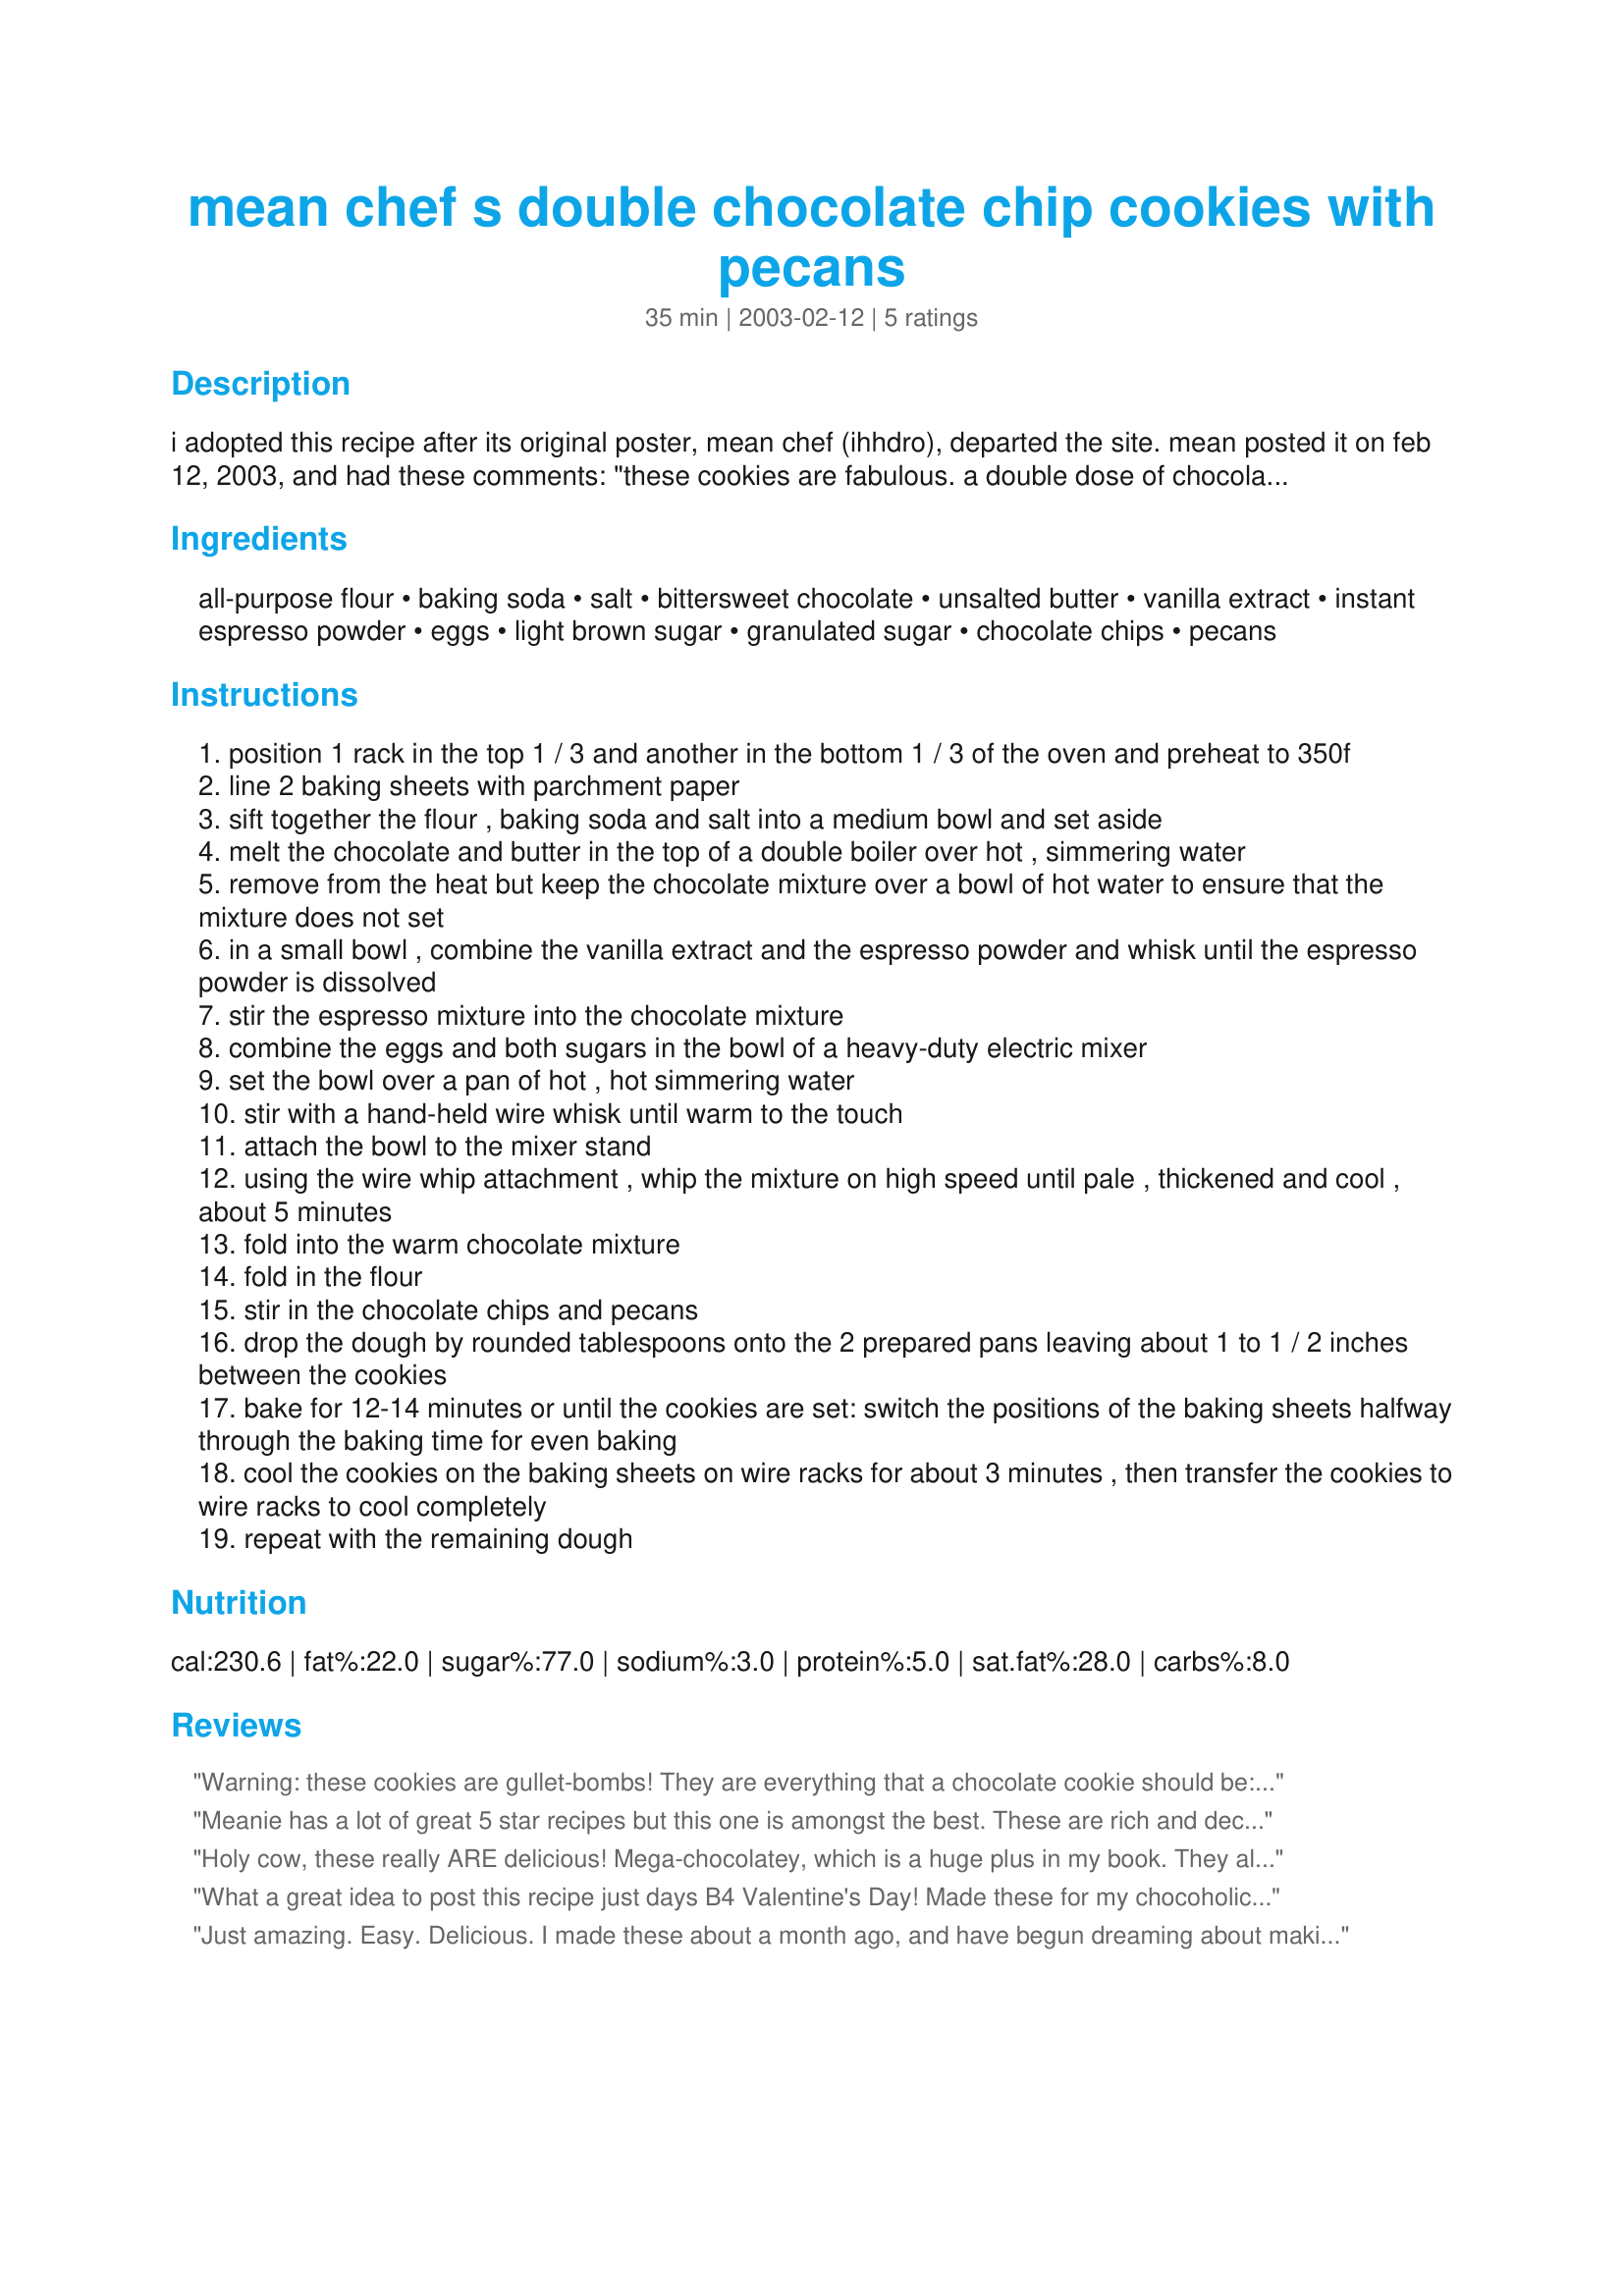
mean chef s double chocolate chip cookies with pecans
Preparation time: 35 minutes

i adopted this recipe after its original poster, mean chef (ihhdro), departed the site. mean posted it on feb 12, 2003, and had these comments: "these cookies are fabulous. a double dose of chocolate. make sure you don't overbake them. you could substitute walnuts for the pecans."

Ingredients:
all-purpose flour, baking soda, salt, bittersweet chocolate, unsalted butter, vanilla extract, instant espresso powder, eggs, light brown sugar, granulated sugar, chocolate chips, pecans

Steps:
position 1 rack in the top 1 / 3 and another in the bottom 1 / 3 of the oven and preheat to 350f
line 2 baking sheets with parchment paper
sift together the flour , baking soda and salt into a medium bowl and set aside
melt the chocolate and butter in the top of a double boiler over hot , simmering water
remove from the heat but keep the chocolate mixture over a bowl of hot water to ensure that the mixture does not set
in a small bowl , combine the vanilla extract and the espresso powder and whisk until the espresso powder is dissolved
stir the espresso mixture into the chocolate mixture
combine the eggs and both sugars in the bowl of a heavy-duty electric mixer
set the bowl over a pan of hot , hot simmering water
stir with a hand-held wire whisk until warm to the touch
attach the bowl to the mixer stand
using the wire whip attachment , whip the mixture on high speed until pale , thickened and cool , about 5 minutes
fold into the warm chocolate mixture
fold in the flour
stir in the chocolate chips and pecans
drop the dough by rounded tablespoons onto the 2 prepared pans leaving about 1 to 1 / 2 inches between the cookies
bake for 12-14 minutes or until the cookies are set: switch the positions of the baking sheets halfway through the baking time for even baking
cool the cookies on the baking sheets on wire racks for about 3 minutes , then transfer the cookies to wire racks to cool completely
repeat with the remaining dough

Reviews:
Warning: these cookies are gullet-bombs! They are everything that a chocolate cookie should be: rich, decadent, intense, and indulgent. Not a cookie for the meek. I unfortunately didn't have any pecans to use with these, and I think their addition would help to tame some of the over-top intensity. Nonetheless, they were incredible. Please note that I knew these were 'the ones', when I heard what a co-worker of my husband's did (yes, I send leftovers to work with him, so as not to tempt me): he apparently went back after trying one, and snuck a couple away for the next day. He then brought in a carton of milk to enjoy these cookies in the traditional manner. He said they were the best cookies he's ever eaten- and due to his girth, I have the feeling that he wouldn't lie about such matters. ;)
Meanie has a lot of great 5 star recipes but this one is amongst the best. These are rich and decadent and absolutely gorgeous. Mine did spread a bit so make sure you leave a decent gap between cookies if you are giving them away. Mind you, if you don't, then you have first option on the rejects... :-D
Holy cow, these really ARE delicious! Mega-chocolatey, which is a huge plus in my book. They also seem to keep very well in the fridge in a plastic bag. Reheating a cookie in the microwave makes it especially good.
What a great idea to post this recipe just days B4 Valentine's Day! Made these for my chocoholic husband and he said "yes, they're chocolate alright!". Now keep in mind that this is huge high praise coming from someone who says "good" when the rest of us say TDF! I didn't change anything except could NOT find the espresso powder (hey, this is Wisconsin and we are rural!) so I used Swiss Mocha instant cappuccino powder instead (sorry, MC - I did my best) and these were still delish. My efforts yielded 28 large (4") cookies. Oh, and I didn't use parchment paper, either (sorry again, but I was out!) but I used my Doughmakers cookie sheets and didn't have a problem. Thanks for this recipe MC - it's a keeper!!
Just amazing. Easy. Delicious. I made these about a month ago, and have begun dreaming about making them again with diced candied orange peel. That is the reason for the late review. If and when I get to them, I'll repost. Thank you for the recipe.
